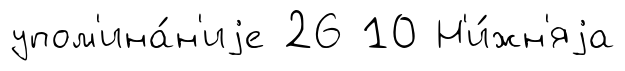
упом'ина́н'иjе 26 10 Н'и́жн'яjа